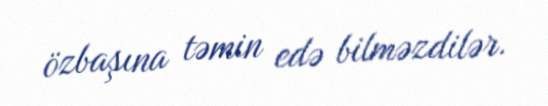
özbaşına təmin edə bilməzdilər.